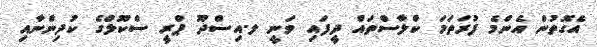
އެގޮތުން އެންމެ ފުރަތަމަ ކްލާސްތައް ދީފައި ވަނީ ލ.އިސްދޫ ޕްރީ ސްކޫލްގެ ކުދިންނާއި